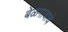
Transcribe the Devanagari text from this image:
बेळगावाचे